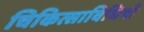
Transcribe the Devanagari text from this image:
चिकित्साविधियाँ